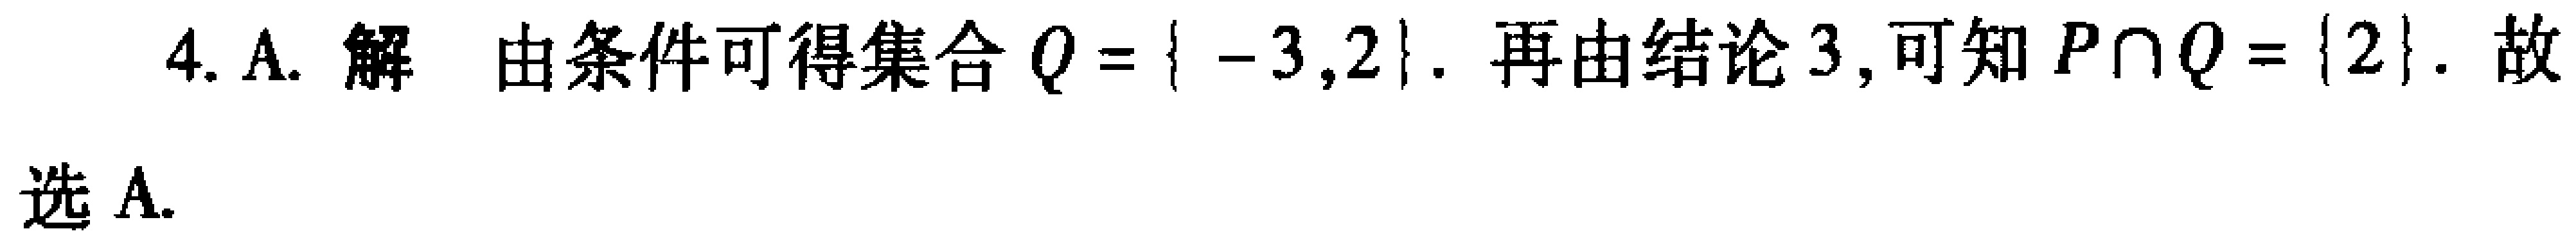
4. A. 解 由条件可得集合 \(Q = \{ -3,2\}\). 再由结论 3, 可知 \(P\cap Q = \{2\}\). 故选 A.